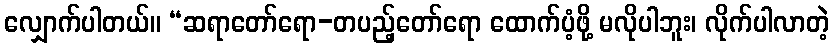
လျှောက်ပါတယ်။ “ဆရာတော်ရော-တပည့်တော်ရော ထောက်ပံ့ဖို့ မလိုပါဘူး၊ လိုက်ပါလာတဲ့